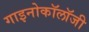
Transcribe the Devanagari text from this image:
गाइनोकॉलॉजी